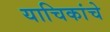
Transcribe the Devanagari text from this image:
याचिकांचे